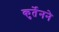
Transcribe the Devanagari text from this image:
कुर्तेनने